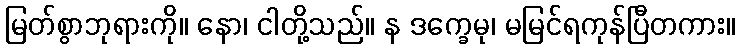
မြတ်စွာဘုရားကို။ နော၊ ငါတို့သည်။ န ဒက္ခေမု၊ မမြင်ရကုန်ပြီတကား။